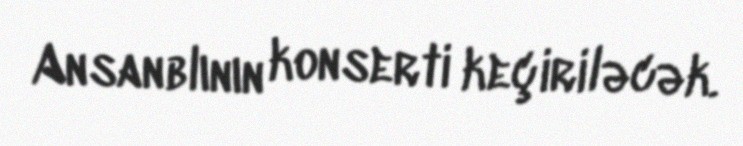
Ansanblının konserti keçiriləcək.